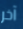
آخر